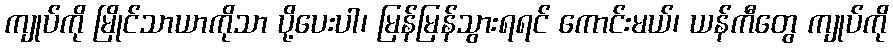
ကျုပ်ကို မြိုင်သာယာကိုသာ ပို့ပေးပါ၊ မြန်မြန်သွားရရင် ကောင်းမယ်၊ ယန်ကီတွေ ကျုပ်ကို